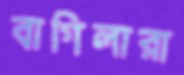
বাগিলারা